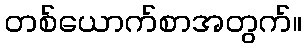
တစ်ယောက်စာအတွက်။